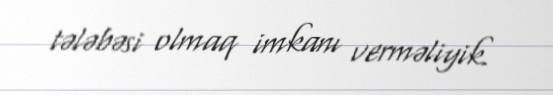
tələbəsi olmaq imkanı verməliyik.